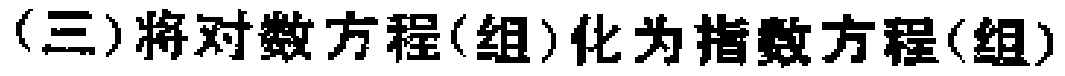
(三)将对数方程(组)化为指数方程(组)